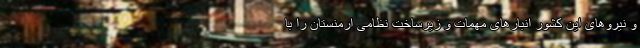
و نیروهای این کشور انبارهای مهمات و زیرساخت نظامی ارمنستان را با